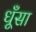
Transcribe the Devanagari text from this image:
धूँसा